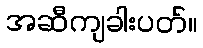
အဆီကျခါးပတ်။